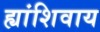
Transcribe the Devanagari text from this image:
ह्यांशिवाय